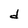
Character: d